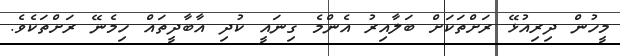
މީހުން ދިރިއުޅޭ ރަށްތަކަށް ބަލާއިރު އެންމެ ގިނައީ ކުދި އާބާދީތައް ހިމެނޭ ރަށްތަކެވެ.